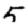
Digit: 5